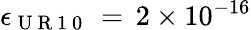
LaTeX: \epsilon_{\mathrm{~U~R~1~0~}}\, =\, 2\times 10^{-16}